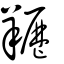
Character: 䍽